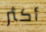
أكثر